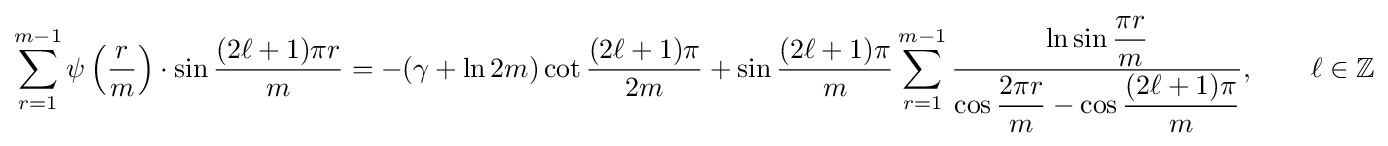
\sum _{r=1}^{m-1}\psi \left({\frac {r}{m}}\right)\cdot \sin {\dfrac {(2\ell +1)\pi r}{m}}=-(\gamma +\ln 2m)\cot {\frac {(2\ell +1)\pi }{2m}}+\sin {\dfrac {(2\ell +1)\pi }{m}}\sum _{r=1}^{m-1}{\frac {\ln \sin {\dfrac {\pi r}{m}}}{\cos {\dfrac {2\pi r}{m}}-\cos {\dfrac {(2\ell +1)\pi }{m}}}},\qquad \ell \in \mathbb {Z}